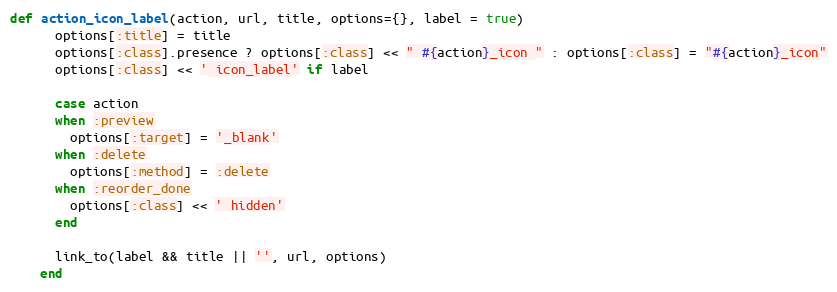
Language: Ruby
def action_icon_label(action, url, title, options={}, label = true)
      options[:title] = title
      options[:class].presence ? options[:class] << " #{action}_icon " : options[:class] = "#{action}_icon"
      options[:class] << ' icon_label' if label

      case action
      when :preview
        options[:target] = '_blank'
      when :delete
        options[:method] = :delete
      when :reorder_done
        options[:class] << ' hidden'
      end

      link_to(label && title || '', url, options)
    end